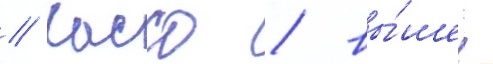
// Кассо / вы́шел